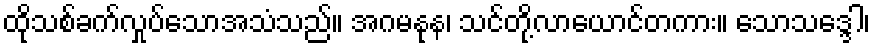
ထိုသစ်ခက်လှုပ်သောအသံသည်။ အဂမနုန၊ သင်တို့လာယောင်တကား။ သောသဒ္ဒေါ၊